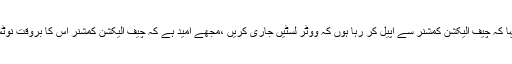
انہوں نے کہا کہ چیف الیکشن کمشنر سے اپیل کر رہا ہوں کہ ووٹر لسٹیں جاری کریں ،مجھے امید ہے کہ چیف الیکشن کمشنر اس کا بروقت نوٹس لیں گے ۔